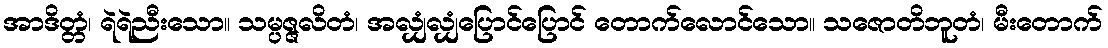
အာဒိတ္တံ၊ ရဲရဲညီးသော။ သမ္ပဇ္ဇလိတံ၊ အလျှံလျှံပြောင်ပြောင် တောက်လောင်သော။ သဇောတိဘူတံ၊ မီးတောက်